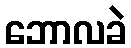
ဘောလခဲ